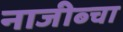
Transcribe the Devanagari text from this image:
नाजीब्चा